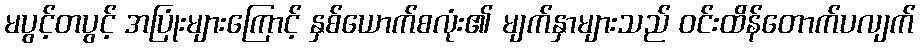
မပွင့်တပွင့် အပြုံးများကြောင့် နှစ်ယောက်စလုံး၏ မျက်နှာများသည် ဝင်းထိန်တောက်ပလျက်